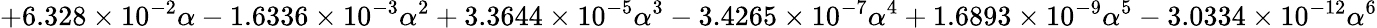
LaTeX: +6.328\times 10^{-2}\alpha-1.6336\times 10^{-3}\alpha^{2}+3.3644\times 10^{-5}\alpha^{3}-3.4265\times 10^{-7}\alpha^{4}+1.6893\times 10^{-9}\alpha^{5}-3.0334\times 10^{-12}\alpha^{6}